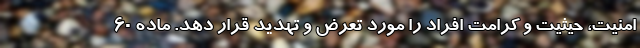
امنیت، حیثیت و کرامت افراد را مورد تعرض و تهدید قرار دهد. ماده ۶۰